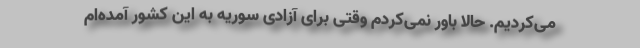
می‌کردیم. حالا باور نمی‌کردم وقتی برای آزادی سوریه به این کشور آمده‌ام